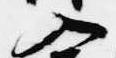
入